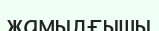
жамылғышы